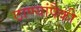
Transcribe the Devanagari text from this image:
ठाण्यांपैकी